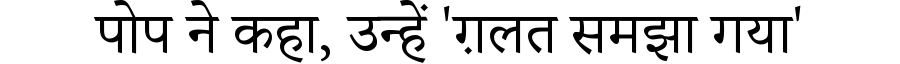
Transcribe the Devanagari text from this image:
पोप ने कहा, उन्हें 'ग़लत समझा गया'